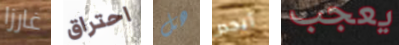
غارزا احتراق هل أيجدر يعجب